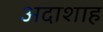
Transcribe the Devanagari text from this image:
अदाशाह